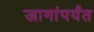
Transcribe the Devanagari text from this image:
जागांपर्यंत